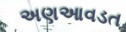
અણઆવડત